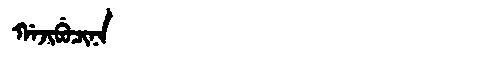
Manchu: ᡤᠠᠵᡳᠪᡠᠴᡳᠨᠠ
Romanization: GAJIBUCINA